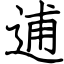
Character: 逋